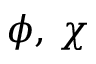
\phi , \, \chi